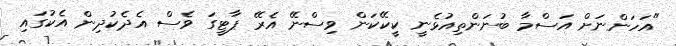
"އަހަންނަށް އަސްމާ ބުނަންތިއުޅެނީ ކީކޭކަން ވިސްނޭ އެރޭ ޕާޓީގަ ވެސް އެދެކުދިން އެކުގައި